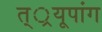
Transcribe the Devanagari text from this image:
त््रयूपांग